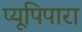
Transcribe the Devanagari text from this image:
प्यूपिपारा